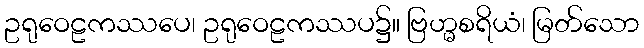
ဥရုဝေဠကဿပေ၊ ဥရုဝေဠကဿပ၌။ ဗြဟ္မစရိယံ၊ မြတ်သော